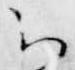
云